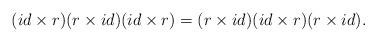
LaTeX: \begin{align*}(id\times r)(r\times id)(id\times r)=(r\times id)(id\times r)(r\times id).\end{align*}